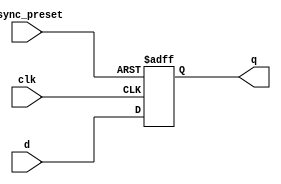
module async_preset_d_flip_flop (
    input clk,
    input async_preset,
    input d,
    output reg q
);

always @ (posedge clk or posedge async_preset)
begin
    if (async_preset)
        q <= 1'b1; // preset the flip-flop to high
    else
        q <= d; // update the flip-flop based on input D
end

endmodule